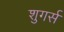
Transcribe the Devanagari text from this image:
शुगर्स